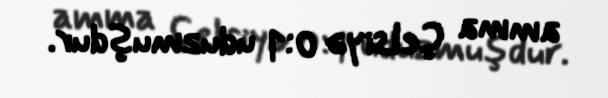
amma Çelsiyə 0:1 uduzmuşdur.